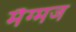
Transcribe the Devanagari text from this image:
मैग्मज